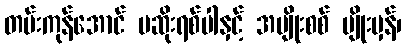
တမ်းကုန်အောင် မဆိုးရစ်ပါနှင့် အမျိုးစစ် မျိုးမှန်၊